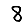
Digit: 8